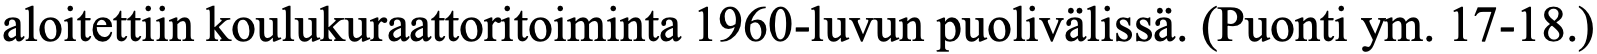
aloitettiin koulukuraattoritoiminta 1960-luvun puolivälissä. (Puonti ym. 17-18.)